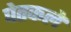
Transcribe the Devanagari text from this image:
घेतकले